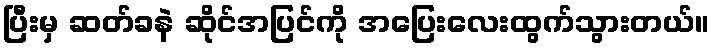
ပြီးမှ ဆတ်ခနဲ ဆိုင်အပြင်ကို အပြေးလေးထွက်သွားတယ်။